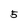
Character: 5